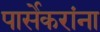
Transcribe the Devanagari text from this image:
पार्सेकरांना